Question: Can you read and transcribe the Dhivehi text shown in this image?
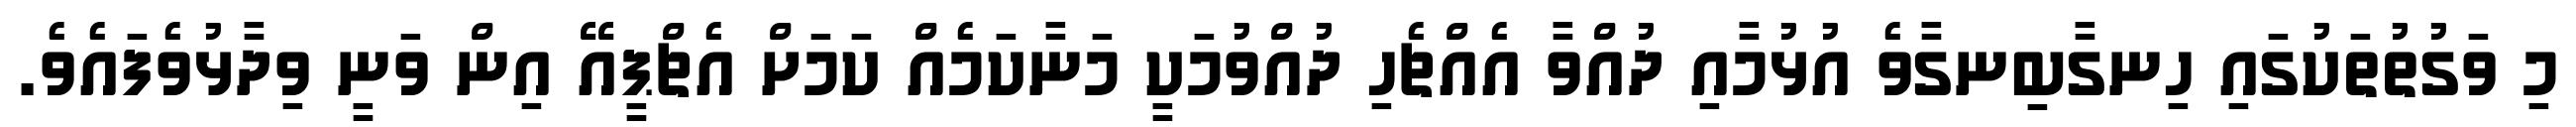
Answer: މި ވަގުތުތަކުގައި ހިނގާބިނގާވެ އުޅުމާއި ދުއްވާ އެއްޗެހި ދުއްވުމަކީ މަނާކަމެއް ކަމަށް އެޗްޕީއޭ އިން ވަނީ ވިދާޅުވެފައެވެ.